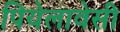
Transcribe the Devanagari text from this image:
पियेलावेसी